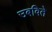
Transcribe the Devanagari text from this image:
उबविते